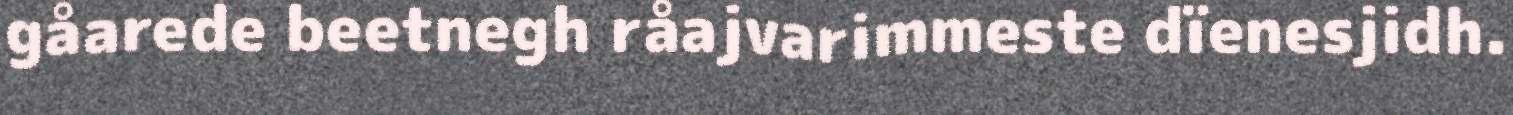
gåarede beetnegh råajvarimmeste dïenesjidh.